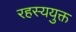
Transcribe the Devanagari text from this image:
रहस्‍ययुक्त